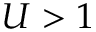
U > 1